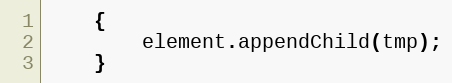
Language: JavaScript
	{
		element.appendChild(tmp);
	}